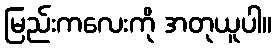
မြည်းကလေးကို အတုယူပါ။